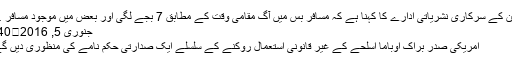
چین کے سرکاری نشریاتی ادارے کا کہنا ہے کہ مسافر بس میں آگ مقامی وقت کے مطابق 7 بجے لگی اور بعض میں موجود مسافر …
جنوری 5, 2016	340
امریکی صدر براک اوباما اسلحے کے غیر قانونی استعمال روکنے کے سلسلے ایک صدارتی حکم نامے کی منظوری دیں گے۔